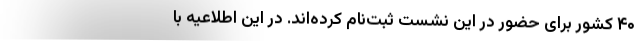
۴۰ کشور برای حضور در این نشست ثبت‌نام کرده‌اند. در این اطلاعیه با